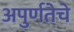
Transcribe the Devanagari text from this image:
अपुर्णतेचे